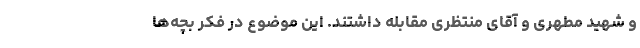
و شهید مطهری و آقای منتظری مقابله داشتند. این موضوع در فکر بچه‌ها